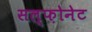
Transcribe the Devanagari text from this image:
सल्फ़ोनेट